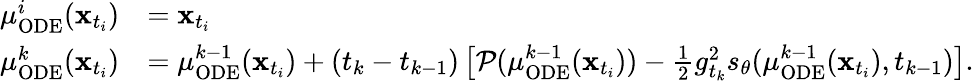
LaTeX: \begin{array}{rl}{\mu_{\mathrm{ODE}}^{i}(\mathbf{x}_{t_{i}})}&{=\mathbf{x}_{t_{i}}}\\ {\mu_{\mathrm{ODE}}^{k}(\mathbf{x}_{t_{i}})}&{=\mu_{\mathrm{ODE}}^{k-1}(\mathbf{x}_{t_{i}})+(t_{k}-t_{k-1})\left[\mathcal{P}(\mu_{\mathrm{ODE}}^{k-1}(\mathbf{x}_{t_{i}}))-\frac{1}{2}g_{t_{k}}^{2}s_{\theta}(\mu_{\mathrm{ODE}}^{k-1}(\mathbf{x}_{t_{i}}),t_{k-1})\right].}\end{array}